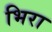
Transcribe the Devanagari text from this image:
भिरा